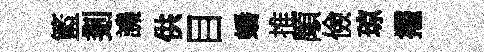
籃剗譏供目蟠推顒儉琼擢